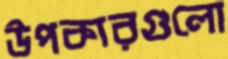
উপকারগুলো